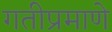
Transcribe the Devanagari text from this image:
गतीप्रमाणे